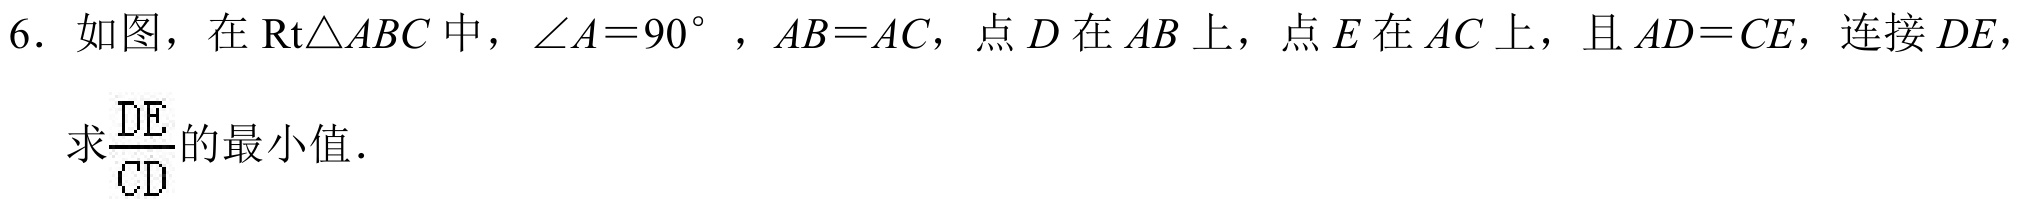
6. 如图，在\(\text{Rt}\triangle ABC\)中，\(\angle A = 90^{\circ}\) ，\(AB = AC\)，点 \(D\) 在 \(AB\) 上，点 \(E\) 在 \(AC\) 上，且 \(AD = CE\)，连接 \(DE\)，
求\(\frac{DE}{CD}\)的最小值．